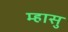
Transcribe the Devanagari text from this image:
म्हासु